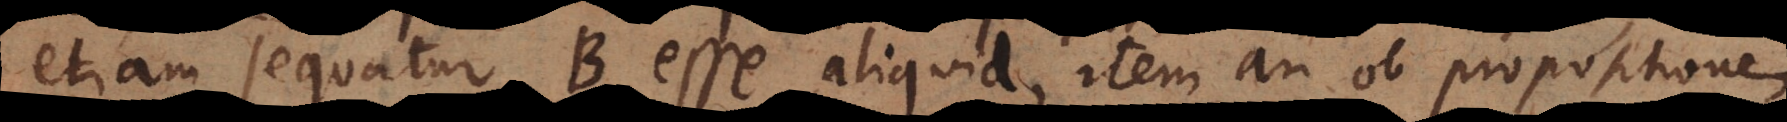
etiam sequatur B esse aliquid, item an ob propositionem